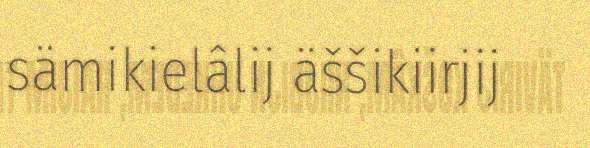
sämikielâlij äššikiirjij